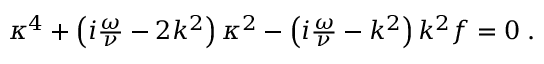
\begin{array} { r } { \kappa ^ { 4 } + \left( i \frac { \omega } { \nu } - 2 k ^ { 2 } \right) \kappa ^ { 2 } - \left( i \frac { \omega } { \nu } - k ^ { 2 } \right) k ^ { 2 } f = 0 \; . } \end{array}